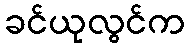
ခင်ယုလွင်က